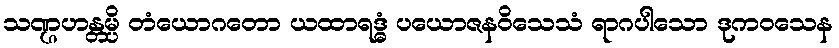
သဏ္ဌဟန္တမ္ပိ တံယောဂတော ယထာရဒ္ဓံ ပယောဇနဝိသေသံ ရာဂပါသော ဒုကဝသေန